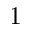
1